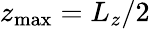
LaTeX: z_{\mathrm{max}}=L_{z}/2